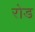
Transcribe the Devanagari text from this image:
रोड